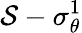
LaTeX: \mathcal{S}-\sigma_{\theta}^{1}